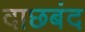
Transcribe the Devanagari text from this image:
दाछबंद